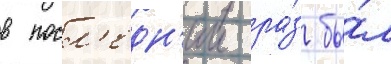
в посл'едн'ии ра́з бы́л